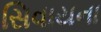
સિવાયના